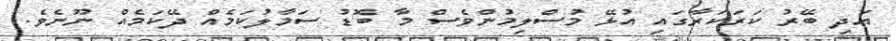
އަދި ބޭރު ކަރަކަރާގައި އުޅޭ މުސްލިމުންވެސް މާ ބޮޑު ސަމާލުކަމެއް ދޭކަމެއް ނޫނެވެ.